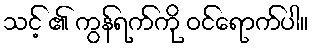
သင့် ၏ ကွန်ရက်ကို ဝင်ရောက်ပါ။